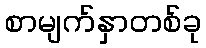
စာမျက်နှာတစ်ခု